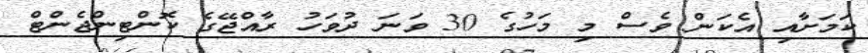
ކަމަށާއި އެކަން ވެސް މި މަހުގެ 30 ވަނަ ދުވަހު ރާއްޖޭގެ ކޮންޓިންޖެންޓް